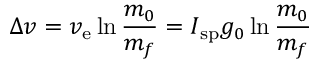
\Delta v = v _ { \mathrm { e } } \ln { \frac { m _ { 0 } } { m _ { f } } } = I _ { \mathrm { s p } } g _ { 0 } \ln { \frac { m _ { 0 } } { m _ { f } } }